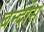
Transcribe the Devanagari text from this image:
बन्दोस